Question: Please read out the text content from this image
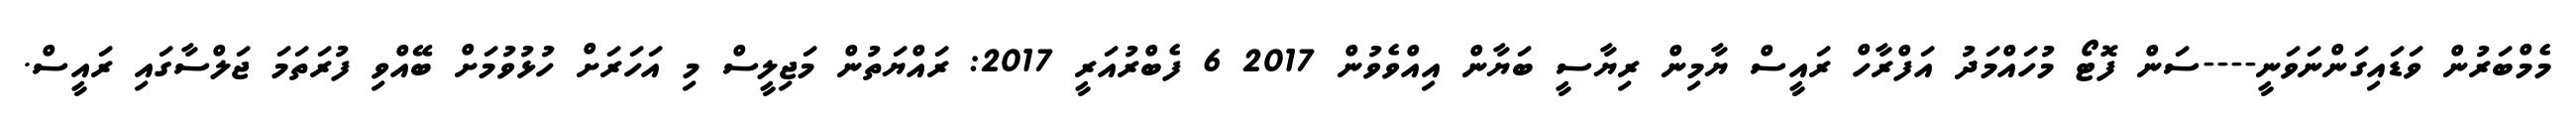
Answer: މެމްބަރުން ވަޑައިގަންނަވަނީ----ސަން ފޮޓޯ މުހައްމަދު އަފްރާހް ރައީސް ޔާމިން ރިޔާސީ ބަޔާން އިއްވެވުން 2017 6 ފެބްރުއަރީ 2017: ރައްޔަތުން މަޖިލީސް މި އަހަރަށް ހުޅުވުމަށް ބޭއްވި ފުރަތަމަ ޖަލްސާގައި ރައީސް.